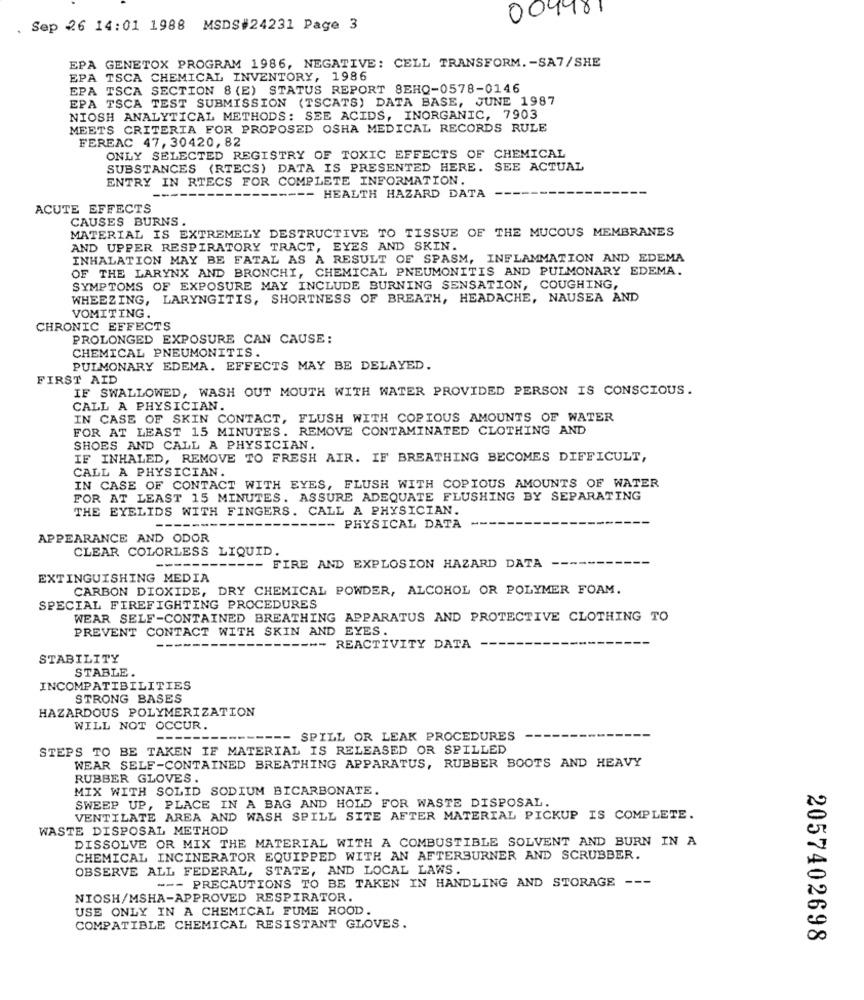
004981
Sep 26 14:01 1988 MSDS#24231 Page 3
EPA GENETOX PROGRAM 1986, NEGATIVE: CELL TRANSFORM. - SA7/SHE
EPA TSCA CHEMICAL INVENTORY, 1986
EPA TSCA SECTION 8 (E) STATUS REPORT 8EHQ-0578-0146
EPA TSCA TEST SUBMISSION (TSCATS) DATA BASE, JUNE 1987
NIOSH ANALYTICAL METHODS: SEE ACIDS, INORGANIC, 7903
MEETS CRITERIA FOR PROPOSED OSHA MEDICAL RECORDS RULE
FEREAC 47, 30420, 82
ONLY SELECTED REGISTRY OF TOXIC EFFECTS OF CHEMICAL
SUBSTANCES (RTECS) DATA IS PRESENTED HERE.
SEE ACTUAL
ENTRY IN RTECS FOR COMPLETE INFORMATION.
HEALTH HAZARD DATA
ACUTE EFFECTS
CAUSES BURNS
MATERIAL IS EXTREMELY DESTRUCTIVE TO TISSUE OF THE MUCOUS MEMBRANES
AND UPPER RESPIRATORY TRACT, EYES AND SKIN.
INHALATION MAY BE FATAL AS A RESULT OF SPASM, INFLAMMATION AND EDEMA
OF THE LARYNX AND BRONCHI, CHEMICAL PNEUMONITIS AND PULMONARY EDEMA.
SYMPTOMS OF EXPOSURE MAY INCLUDE BURNING SENSATION, COUGHING,
WHEEZING, LARYNGITIS, SHORTNESS OF BREATH, HEADACHE, NAUSEA AND
VOMITING.
CHRONIC EFFECTS
PROLONGED EXPOSURE CAN CAUSE:
CHEMICAL PNEUMONITIS.
PULMONARY EDEMA. EFFECTS MAY BE DELAYED.
FIRST AID
IF SWALLOWED, WASH OUT MOUTH WITH WATER PROVIDED PERSON IS CONSCIOUS.
CALL A PHYSICIAN.
IN CASE OF SKIN CONTACT, FLUSH WITH COPIOUS AMOUNTS OF WATER
FOR AT LEAST 15 MINUTES. REMOVE CONTAMINATED CLOTHING AND
SHOES AND CALL A PHYSICIAN.
IF INHALED, REMOVE TO FRESH AIR. IF BREATHING BECOMES DIFFICULT,
CALL A PHYSICIAN.
IN CASE OF CONTACT WITH EYES, FLUSH WITH COPIOUS AMOUNTS OF WATER
FOR AT LEAST 15 MINUTES. ASSURE ADEQUATE FLUSHING BY SEPARATING
THE EYELIDS WITH FINGERS. CALL A PHYSICIAN.
--- PHYSICAL DATA
APPEARANCE AND ODOR
CLEAR COLORLESS LIQUID.
----- FIRE AND EXPLOSION HAZARD DATA
EXTINGUISHING MEDIA
CARBON DIOXIDE, DRY CHEMICAL POWDER, ALCOHOL OR POLYMER FOAM.
SPECIAL FIREFIGHTING PROCEDURES
WEAR SELF-CONTAINED BREATHING APPARATUS AND PROTECTIVE CLOTHING TO
PREVENT CONTACT WITH SKIN AND EYES.
-- REACTIVITY DATA
STABILITY
STABLE
INCOMPATIBILITIES
STRONG BASES
HAZARDOUS POLYMERIZATION
WILL NOT OCCUR.
----
-- SPILL OR LEAK PROCEDURES
STEPS TO BE TAKEN IF MATERIAL IS RELEASED OR SPILLED
WEAR SELF-CONTAINED BREATHING APPARATUS, RUBBER BOOTS AND HEAVY
RUBBER GLOVES.
MIX WITH SOLID SODIUM BICARBONATE.
SWEEP UP, PLACE IN A BAG AND HOLD FOR WASTE DISPOSAL.
VENTILATE AREA AND WASH SPILL SITE AFTER MATERIAL PICKUP IS COMPLETE.
WASTE DISPOSAL METHOD
DISSOLVE OR MIX THE MATERIAL WITH A COMBUSTIBLE SOLVENT AND BURN IN A
CHEMICAL INCINERATOR EQUIPPED WITH AN AFTERBURNER AND SCRUBBER.
OBSERVE ALL FEDERAL, STATE, AND LOCAL LAWS.
--- PRECAUTIONS TO BE TAKEN IN HANDLING AND STORAGE ---
NIOSH/MSHA-APPROVED RESPIRATOR.
USE ONLY IN A CHEMICAL FUME HOOD.
COMPATIBLE CHEMICAL RESISTANT GLOVES.
2057402698